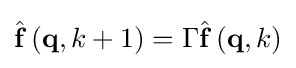
{\hat {\mathbf {f} }}\left(\mathbf {q} ,k+1\right)=\Gamma {\hat {\mathbf {f} }}\left(\mathbf {q} ,k\right)